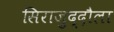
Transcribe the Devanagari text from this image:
सिराज़ुद्दौला